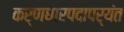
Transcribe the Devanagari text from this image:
कर्णधारपदापर्यंत